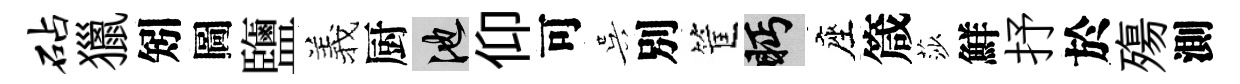
砧獵矧圖鹽羲厨池仰可吴別筐眄座箴莎鮮抒於殤測